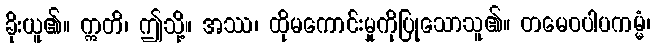
ခိုးယူ၏။ ဣတိ၊ ဤသို့။ အဿ၊ ထိုမကောင်းမှုကိုပြုသောသူ၏။ တမေဝပါပကမ္မံ၊